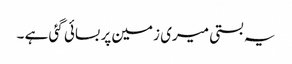
یہ بستی میری زمین پر بسائی گئی ہے ۔